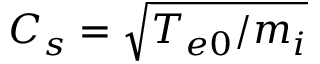
C _ { s } = \sqrt { T _ { e 0 } / m _ { i } }